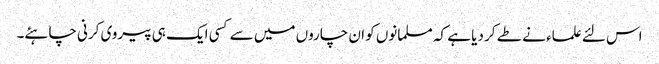
اس لئے علماء نے طے کر دیا ہے کہ مسلمانوں کو ان چاروں میں سے کسی ایک ہی پیروی کرنی چاہئے۔